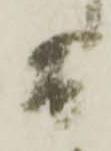
而